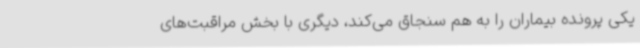
یکی پرونده بیماران را به هم سنجاق می‌کند، دیگری با بخش مراقبت‌های